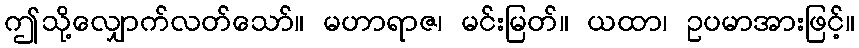
ဤသို့လျှောက်လတ်သော်။ မဟာရာဇ၊ မင်းမြတ်။ ယထာ၊ ဥပမာအားဖြင့်။